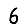
Digit: 6